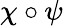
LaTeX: \chi\circ\psi